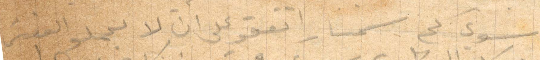
سوى كم سمسار اتفقوا على ان لا يحملو الفيش